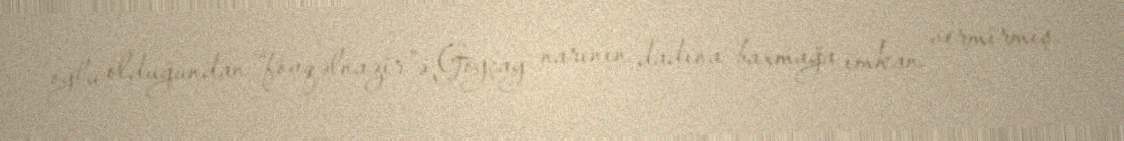
oğlu olduğundan “fövqəlnazir”ə Göyçay narının dadına baxmağa imkan vermirmiş.